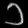
Digit: ၁